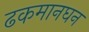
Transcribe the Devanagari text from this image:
ढकमानघन